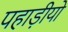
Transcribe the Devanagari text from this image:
पहाड़ीयो